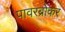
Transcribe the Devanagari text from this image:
पावरब्रोकर